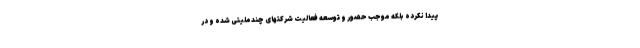
پیدا نکرده بلکه موجب حضور و توسعه فعالیت شرکتهای چندملیتی شده و در